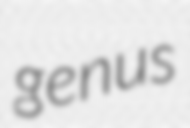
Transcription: genus